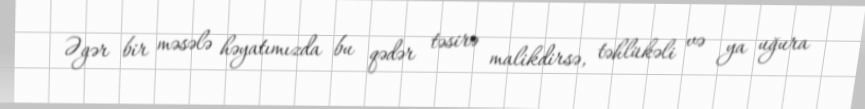
Əgər bir məsələ həyatımızda bu qədər təsirə malikdirsə, təhlükəli və ya uğura